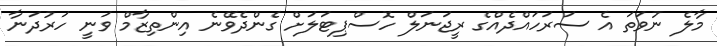
މާލެ ނުވަތަ އެ ސަރަހައްދެއްގެ ރީޖަނަލް ހޮސްޕިޓަލަށް ގެންދެވޭނެ އިންތިޒާމް ވަނީ ހަރުދަނާ